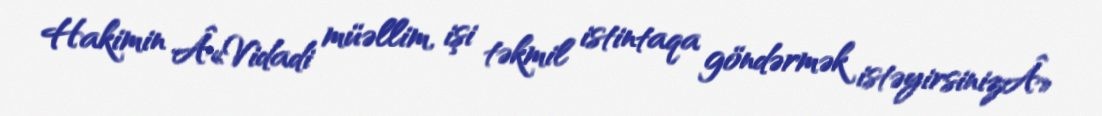
Hakimin Â«Vidadi müəllim, işi təkmil istintaqa göndərmək istəyirsinizÂ»